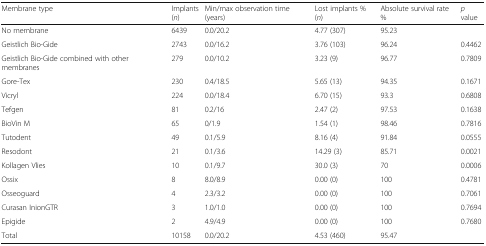
<table><thead><tr><td><b>Membrane type</b></td><td><b>Implants(<i>n</i>)</b></td><td><b>Min/max observation time (years)</b></td><td><b>Lost implants % (<i>n</i>)</b></td><td><b>Absolute survival rate %</b></td><td><b><i>p</i> value</b></td></tr></thead><tbody><tr><td>No membrane</td><td>6439</td><td>0.0/20.2</td><td>4.77 (307)</td><td>95.23</td><td></td></tr><tr><td>Geistlich Bio-Gide</td><td>2743</td><td>0.0/16.2</td><td>3.76 (103)</td><td>96.24</td><td>0.4462</td></tr><tr><td>Geistlich Bio-Gide combined with other membranes</td><td>279</td><td>0.0/10.2</td><td>3.23 (9)</td><td>96.77</td><td>0.7809</td></tr><tr><td>Gore-Tex</td><td>230</td><td>0.4/18.5</td><td>5.65 (13)</td><td>94.35</td><td>0.1671</td></tr><tr><td>Vicryl</td><td>224</td><td>0.0/18.4</td><td>6.70 (15)</td><td>93.3</td><td>0.6808</td></tr><tr><td>Tefgen</td><td>81</td><td>0.2/16</td><td>2.47 (2)</td><td>97.53</td><td>0.1638</td></tr><tr><td>BioVin M</td><td>65</td><td>0/1.9</td><td>1.54 (1)</td><td>98.46</td><td>0.7816</td></tr><tr><td>Tutodent</td><td>49</td><td>0.1/5.9</td><td>8.16 (4)</td><td>91.84</td><td>0.0555</td></tr><tr><td>Resodont</td><td>21</td><td>0.1/3.6</td><td>14.29 (3)</td><td>85.71</td><td>0.0021</td></tr><tr><td>Kollagen Vlies</td><td>10</td><td>0.1/9.7</td><td>30.0 (3)</td><td>70</td><td>0.0006</td></tr><tr><td>Ossix</td><td>8</td><td>8.0/8.9</td><td>0.00 (0)</td><td>100</td><td>0.4781</td></tr><tr><td>Osseoguard</td><td>4</td><td>2.3/3.2</td><td>0.00 (0)</td><td>100</td><td>0.7061</td></tr><tr><td>Curasan InionGTR</td><td>3</td><td>1.0/1.0</td><td>0.00 (0)</td><td>100</td><td>0.7694</td></tr><tr><td>Epigide</td><td>2</td><td>4.9/4.9</td><td>0.00 (0)</td><td>100</td><td>0.7680</td></tr><tr><td>Total</td><td>10158</td><td>0.0/20.2</td><td>4.53 (460)</td><td>95.47</td><td></td></tr></tbody></table>